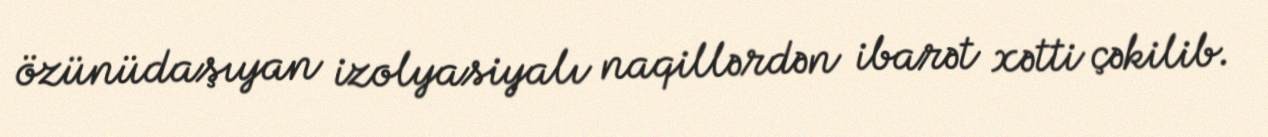
özünüdaşıyan izolyasiyalı naqillərdən ibarət xətti çəkilib.